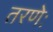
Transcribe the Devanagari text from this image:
तरणेः